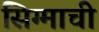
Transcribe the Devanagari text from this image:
सिग्माची